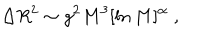
\Delta R ^ { 2 } \sim g ^ { 2 } M ^ { 3 } [ \ln M ] ^ { \alpha } \; ,